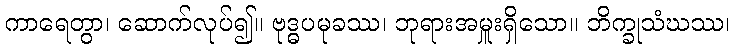
ကာရေတွာ၊ ဆောက်လုပ်၍။ ဗုဒ္ဓပမုခဿ၊ ဘုရားအမှူးရှိသော။ ဘိက္ခုသံဃဿ၊